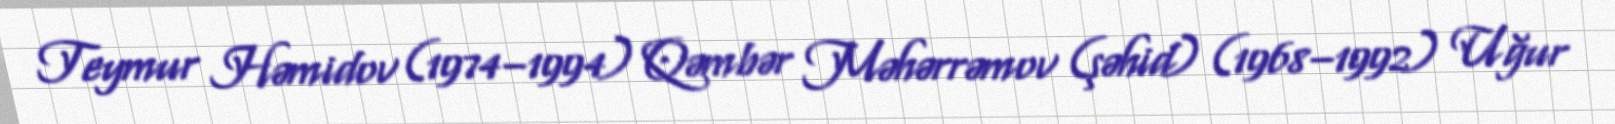
Teymur Həmidov (1974–1994) Qəmbər Məhərrəmov (şəhid) (1968–1992) Uğur